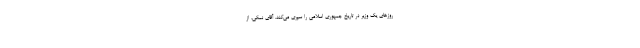
روزهای یک وزیر در تاریخ جمهوری اسلامی را سپری می‌کند. آقای نمکی، از